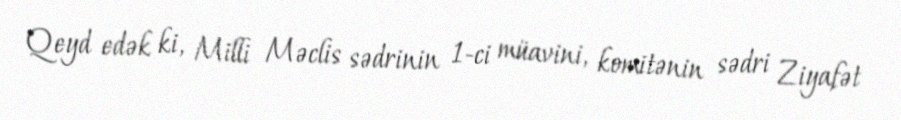
Qeyd edək ki, Milli Məclis sədrinin 1-ci müavini, komitənin sədri Ziyafət